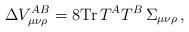
LaTeX: \begin{align*}\Delta V_{\mu\nu\rho}^{AB}=8{\rm Tr}\,T^AT^B\,\Sigma_{\mu\nu\rho}\, ,\end{align*}